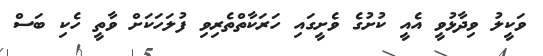
ވަކީލު ވިދާޅުވީ އެއީ ކުށުގެ ވެށީގައި ހަރަކާތްތެރިވި ފުލަހަކަށް ވާތީ ހެކި ބަސް